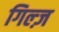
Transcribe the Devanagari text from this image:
गिल्ज़